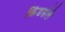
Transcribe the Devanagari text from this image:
किंडर्सले